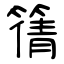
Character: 篟